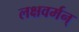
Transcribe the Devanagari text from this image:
लक्षवर्मन्‌